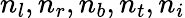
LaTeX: n_{l},n_{r},n_{b},n_{t},n_{i}